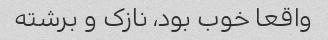
واقعا خوب بود، نازک و برشته